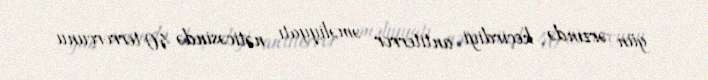
gün ərzində keçirdiyi antiterror əməliyyatı nəticəsində 40 terrorçunu